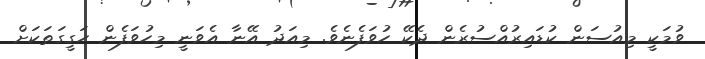
ވުމަކީ މިއުސަން ކުޑައިރުއްސުރެން ދެކޭ ހުވަފެނެވެ. މިއަދު އޭނާ އެވަނީ މިހުވަފެން ހަގީގަތަކަށް